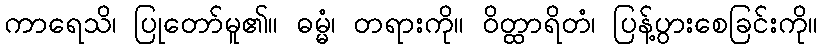
ကာရေသိ၊ ပြုတော်မူ၏။ ဓမ္မံ၊ တရားကို။ ဝိတ္ထာရိတံ၊ ပြန့်ပွားစေခြင်းကို။